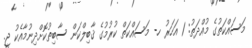
މަސައްކަތުގެ މުއްދަތު: 1 އަހަރު ހ- މަސައްކަތް ކުރުމުގެ ޤާބިލްކަން ސާބިތުކޮށްދިނުމާއެކު ޖީ.